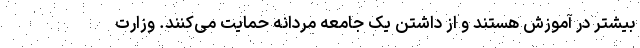
بیشتر در آموزش هستند و از داشتن یک جامعه مردانه حمایت می‌کنند. وزارت